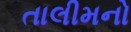
તાલીમનો